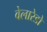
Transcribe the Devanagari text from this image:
वेलारेडो